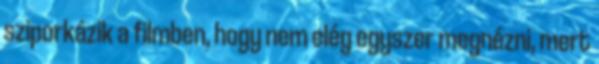
sziporkázik a filmben, hogy nem elég egyszer megnézni, mert